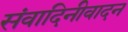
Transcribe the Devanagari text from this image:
संवादिनीवादन